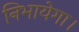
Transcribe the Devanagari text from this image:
निभायेगा।